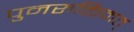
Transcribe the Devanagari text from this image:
पुनरुक्तिमत्